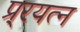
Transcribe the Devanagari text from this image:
प्र्रयत्न